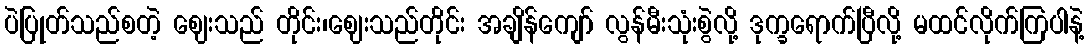
ပဲပြုတ်သည်စတဲ့ ဈေးသည် တိုင်း၊ဈေးသည်တိုင်း အချိန်ကျော် လွန်မီးသုံးစွဲလို့ ဒုက္ခရောက်ပြီလို့ မထင်လိုက်ကြပါနဲ့